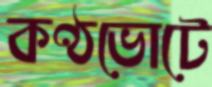
কণ্ঠভোটে